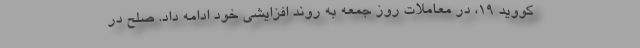
کووید ۱۹، در معاملات روز جمعه به روند افزایشی خود ادامه داد. صلح در